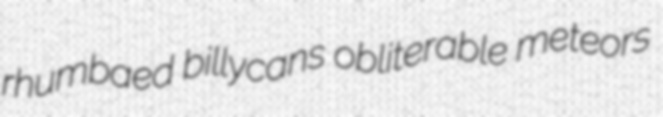
rhumbaed billycans obliterable meteors